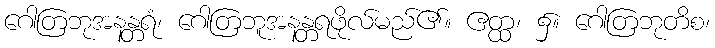
ဂေါတြဘုအနန္တရံ၊ ဂေါတြဘူအနန္တရဖိုလ်မည်၏။ ဧတ္ထ၊ ၌။ ဂေါတြဘုတိစ၊